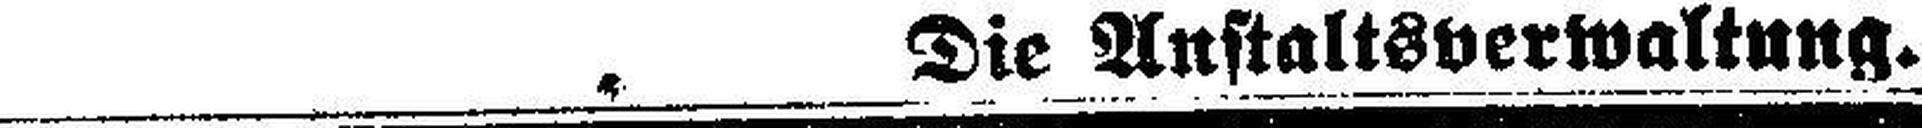
Die Anstaltsverwaltung.